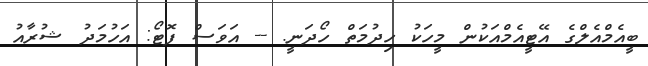
ބީއެމްއެލްގެ އޭޓީއެމްއަކުން މީހަކު ހިދުމަތް ހޯދަނީ. -- އަވަސް ފޮޓޯ: އަހުމަދު ޝުރާއު